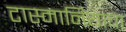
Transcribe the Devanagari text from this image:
टास्मानियाचा